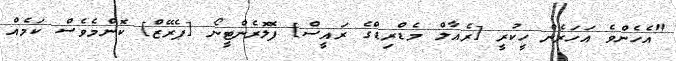
"އެހެންވެ އަހަރެން ހީކުރީ [ރެއާލް މެޑްރިޑްގެ ރައީސް] ފޮލޮރެންޓީނޯ [ޕެރޭޒް] ކޮންމެވެސް ކަމެއް